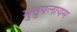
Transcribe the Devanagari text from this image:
मुत्तुपलायम